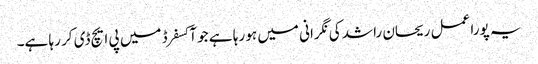
یہ پورا عمل ریحان راشد کی نگرانی میں ہو رہا ہے جو آکسفرڈ میں پی ایچ ڈی کر رہا ہے۔